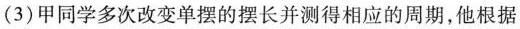
(3)甲同学多次改变单摆的摆长并测得相应的周期，他根据